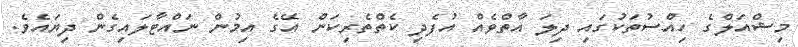
މިޝްއަލްގެ ހިއްސުތަކުގައި ދިލަ އާތްވެއް އުފެދި ކެތްތެރިކަން އޭގެ އިމުން ނައްޓާލައިގެން ދިޔައެވެ.